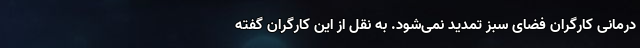
درمانی کارگران فضای سبز تمدید نمی‌شود. به نقل از این کارگران گفته